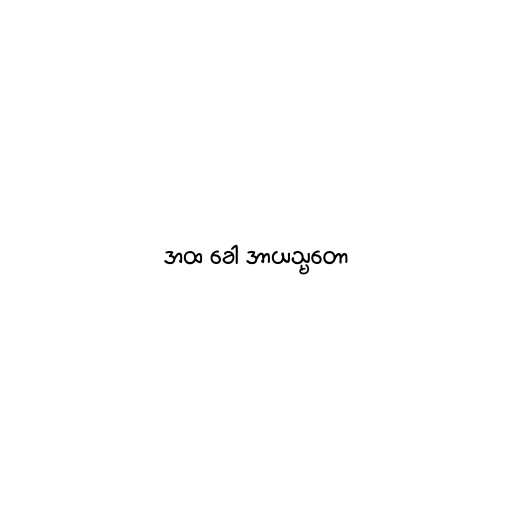
အထ ခေါ အာယသ္မတော